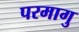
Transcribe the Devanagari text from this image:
परमागु